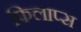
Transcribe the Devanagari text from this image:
फिलाप्स